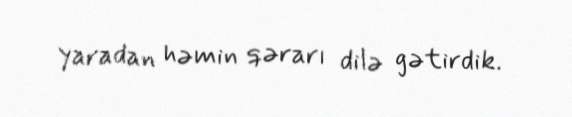
yaradan həmin qərarı dilə gətirdik.